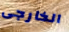
الخارجى